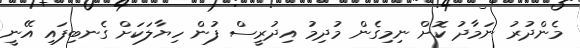
މެންދުރު ނަމާދު ކޮށް ނިމިގެން މުދިމު އިދުރީސް ފުން ހިޔާލަކަށް ގެނބިފައި އޭނީ